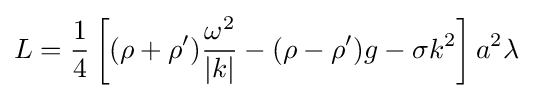
L={\frac {1}{4}}\left[(\rho +\rho '){\frac {\omega ^{2}}{|k|}}-(\rho -\rho ')g-\sigma k^{2}\right]a^{2}\lambda